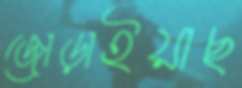
জোড়াইয়াছ